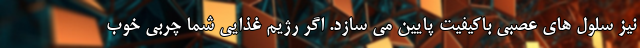
نیز سلول های عصبی باکیفیت پایین می سازد. اگر رژیم غذایی شما چربی خوب